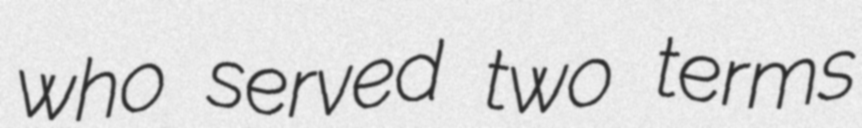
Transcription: who served two terms